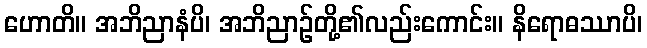
ဟောတိ။ အဘိညာနံပိ၊ အဘိညာဉ်တို့၏လည်းကောင်း။ နိရောဓဿာပိ၊